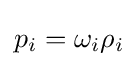
p_{i}=\omega _{i}\rho _{i}